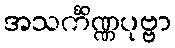
အသင်္ကိဏ္ဏပုဗ္ဗာ